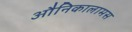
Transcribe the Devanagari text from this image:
औनिकालामस